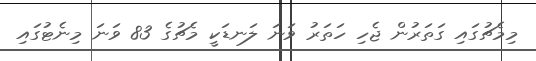
މިމެޗުގައި ގަތަރުން ޖެހި ހަތަރު ވަނަ ލަނޑަކީ މެޗުގެ 83 ވަނަ މިނެޓުގައި